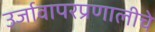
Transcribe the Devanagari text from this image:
उर्जावापरप्रणालीचे